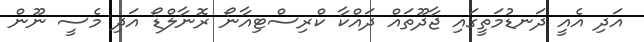
އަދި އެއީ ދަނޑުމަތީގައި ޖާދޫތައް ދައްކާ ކްރިސްޓިއާނޯ ރޮނާލްޑޯ އަދި މެސީ ނޫން